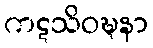
ကဋသိဝဍ္ဎနာ